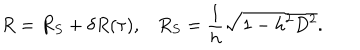
R = R _ { S } + \delta R ( \tau ) , R _ { S } = \frac { 1 } { h } \sqrt { 1 - h ^ { 2 } D ^ { 2 } } .